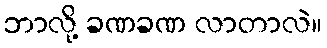
ဘာလို့ ခဏခဏ လာတာလဲ။